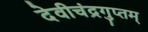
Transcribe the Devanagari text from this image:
देवीचंद्रगुप्तम्‌